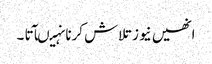
انھیں نیوز تلاش کرنا نہیںآتا ۔